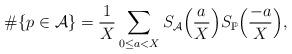
LaTeX: \begin{align*}\#\{p\in\mathcal{A}\}=\frac{1}{X}\sum_{0\le a<X}S_{\mathcal{A}}\Bigl(\frac{a}{X}\Bigr)S_{\mathbb{P}}\Bigl(\frac{-a}{X}\Bigr),\end{align*}